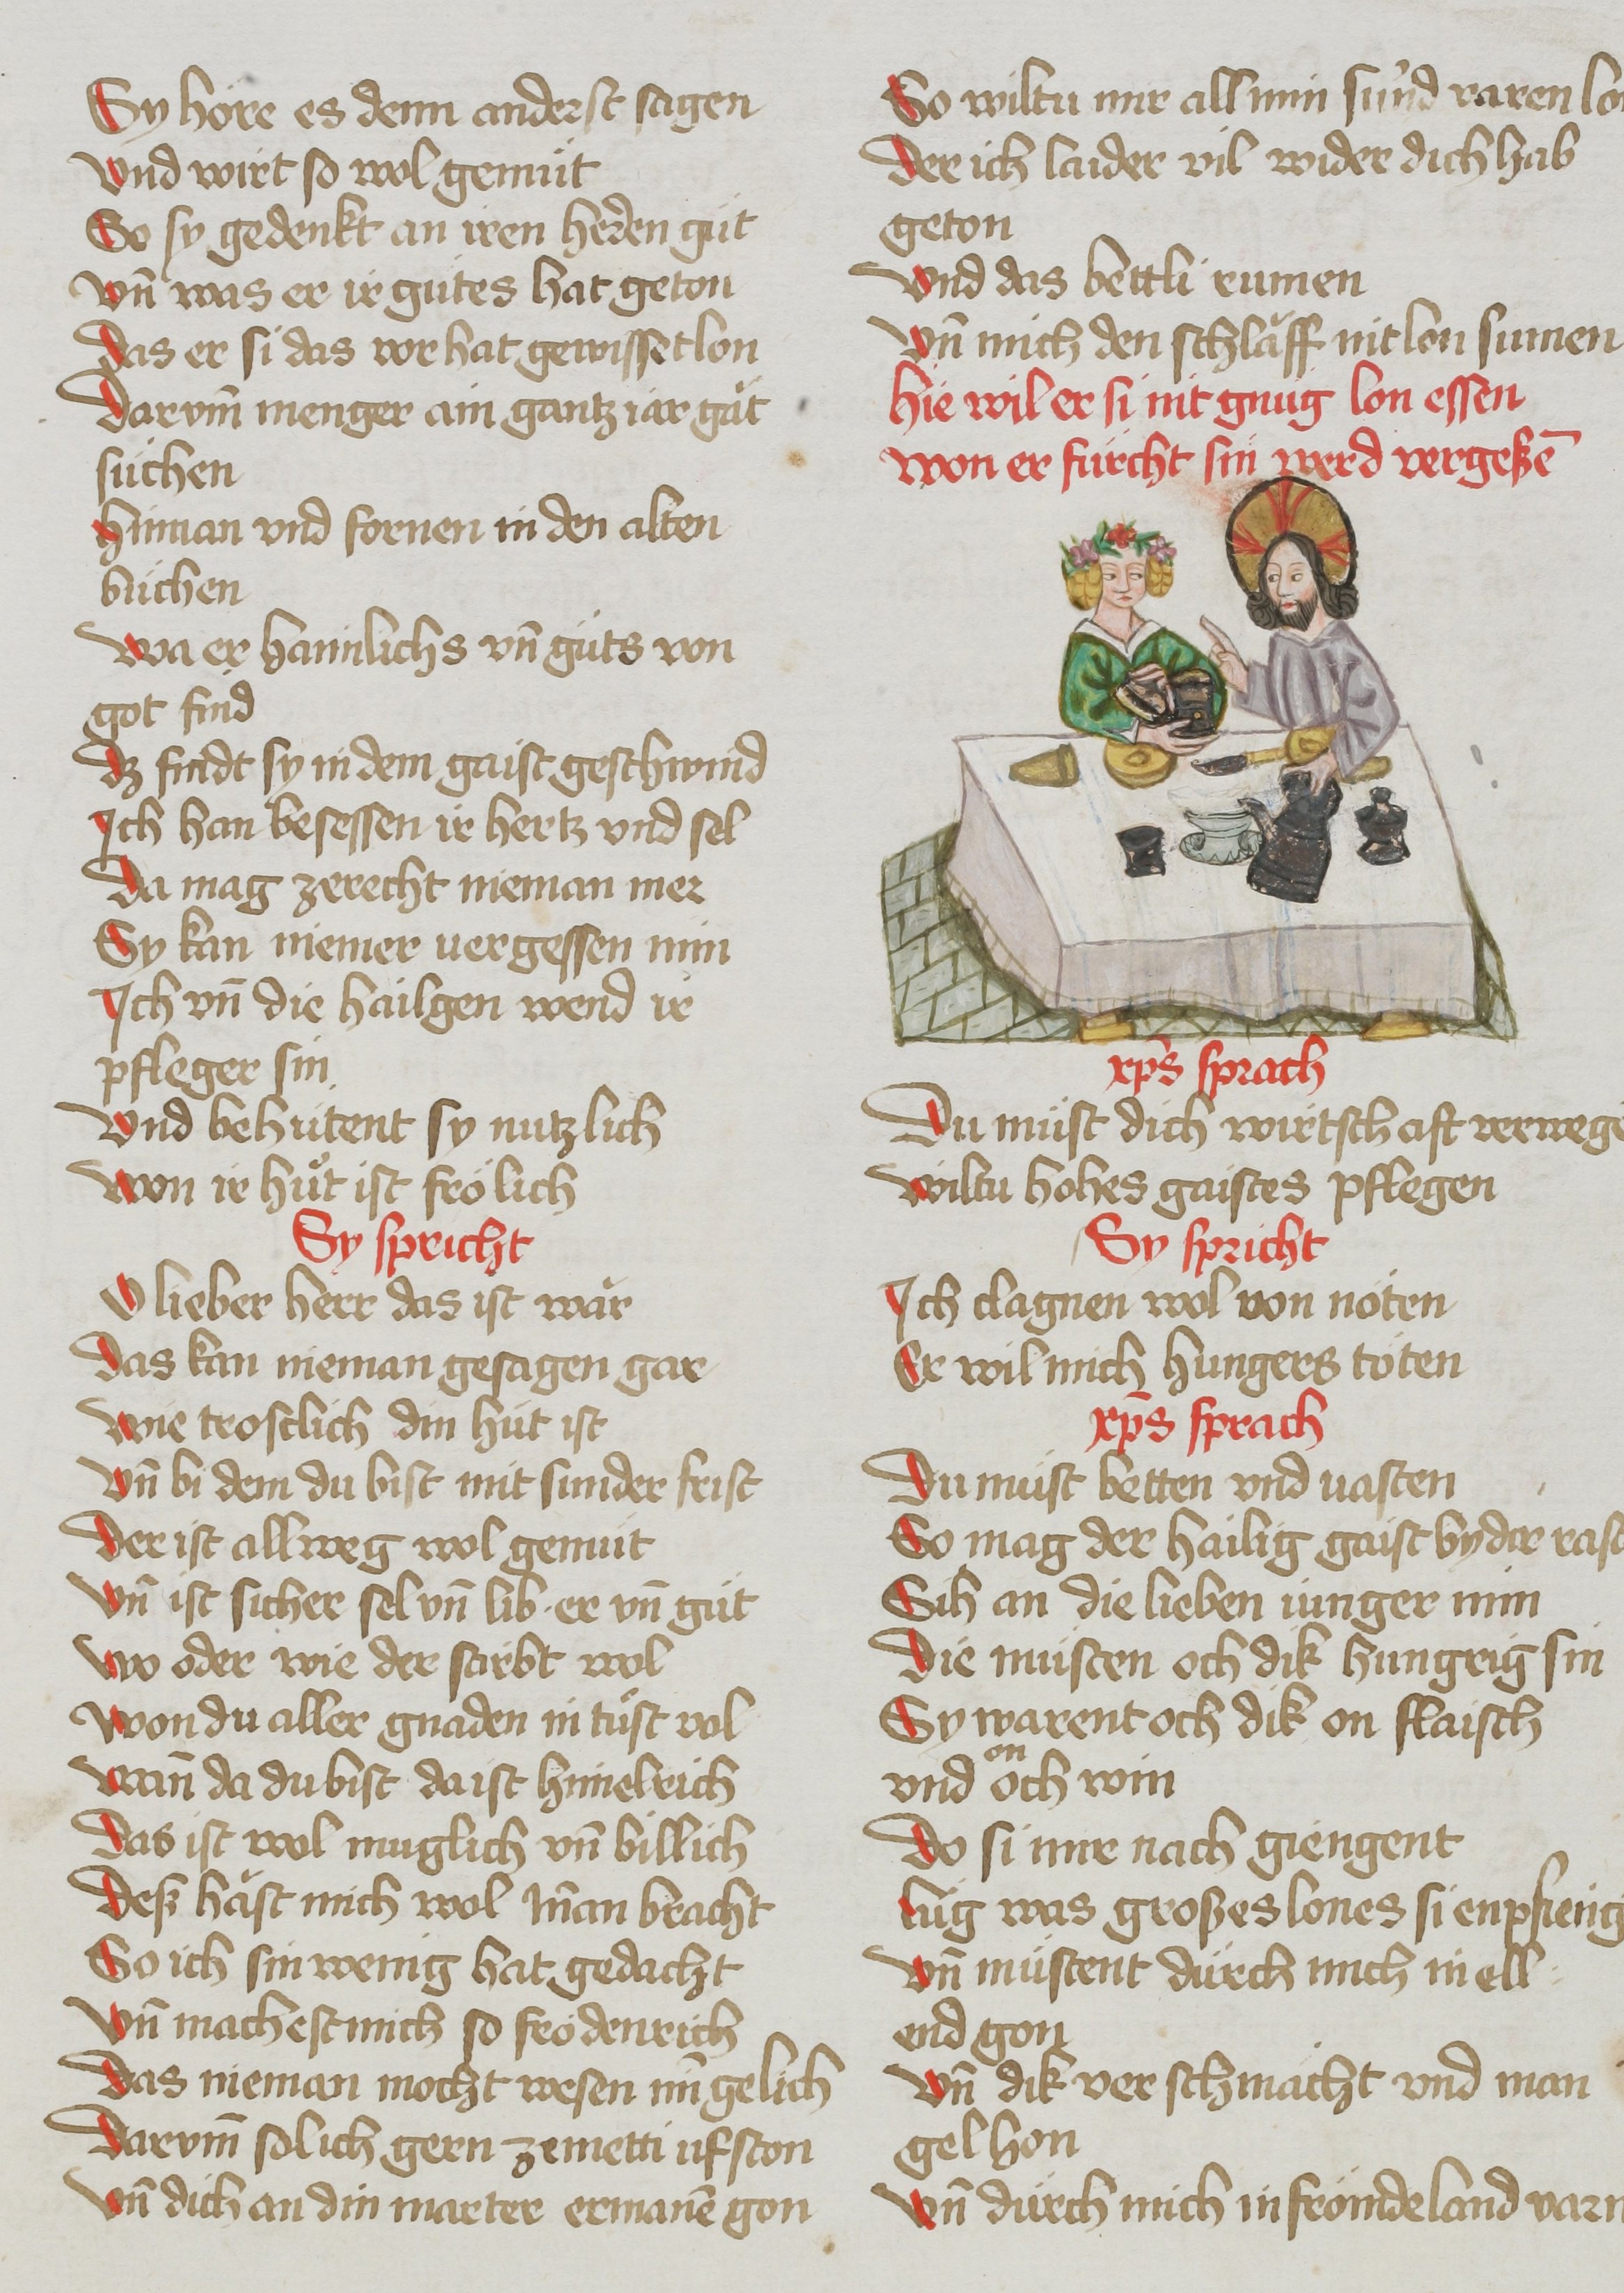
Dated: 1485–1495